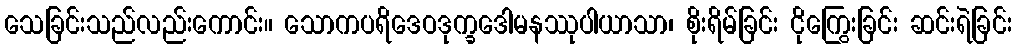
သေခြင်းသည်လည်းကောင်း။ သောကပရိဒေဝဒုက္ခဒေါမနဿုပါယာသာ၊ စိုးရိမ်ခြင်း ငိုကြွေးခြင်း ဆင်းရဲခြင်း